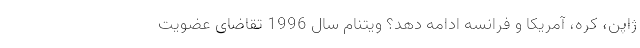
ژاپن، کره، آمریکا و فرانسه ادامه دهد؟ ویتنام سال 1996 تقاضای عضویت